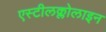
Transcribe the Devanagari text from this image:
एस्टीलक्लोलाइन